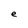
Character: e